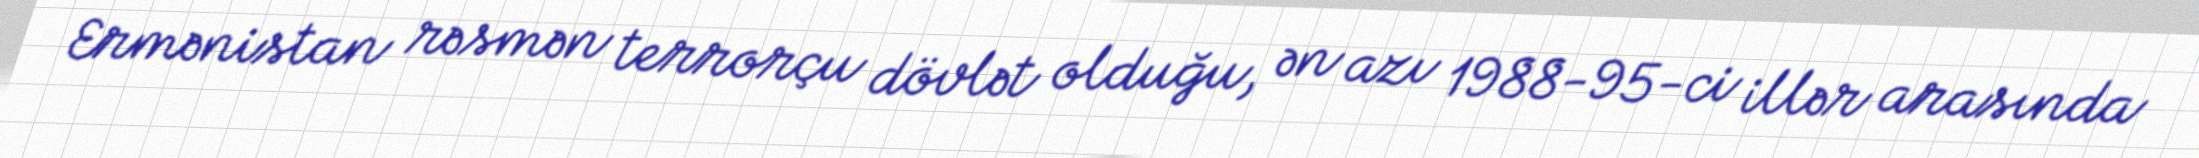
Ermənistan rəsmən terrorçu dövlət olduğu, ən azı 1988-95-ci illər arasında